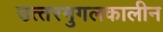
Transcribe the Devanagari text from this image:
उत्‍तरमुगलकालीन